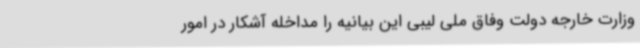
وزارت خارجه دولت وفاق ملی لیبی این بیانیه را مداخله آشکار در امور